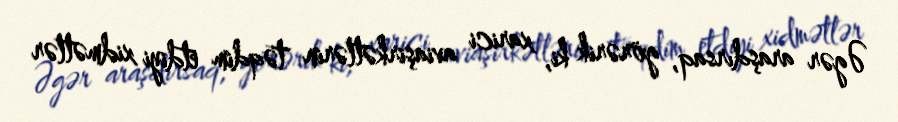
Əgər araşdırsaq, görərik ki, xarici aviaşirkətlərin təqdim etdiyi xidmətlər